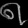
Digit: ၈